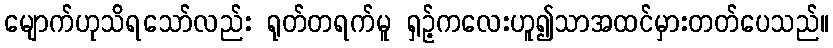
မျောက်ဟုသိရသော်လည်း ရုတ်တရက်မူ ရှဉ့်ကလေးဟူ၍သာအထင်မှားတတ်ပေသည်။